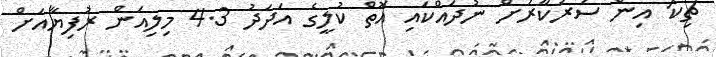
ޗިކޯ' އިން ސަރުކާރަށް ނުދައްކައި އޮތް ކުލީގެ އަދަދު 4.3 މިލިއަން ރުފިޔާއަށް